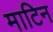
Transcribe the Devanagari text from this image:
माटिन